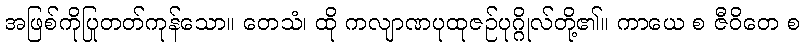
အဖြစ်ကိုပြုတတ်ကုန်သော။ တေသံ၊ ထို ကလျာဏပုထုဇဉ်ပုဂ္ဂိုလ်တို့၏။ ကာယေ စ ဇီဝိတေ စ